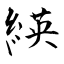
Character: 緓